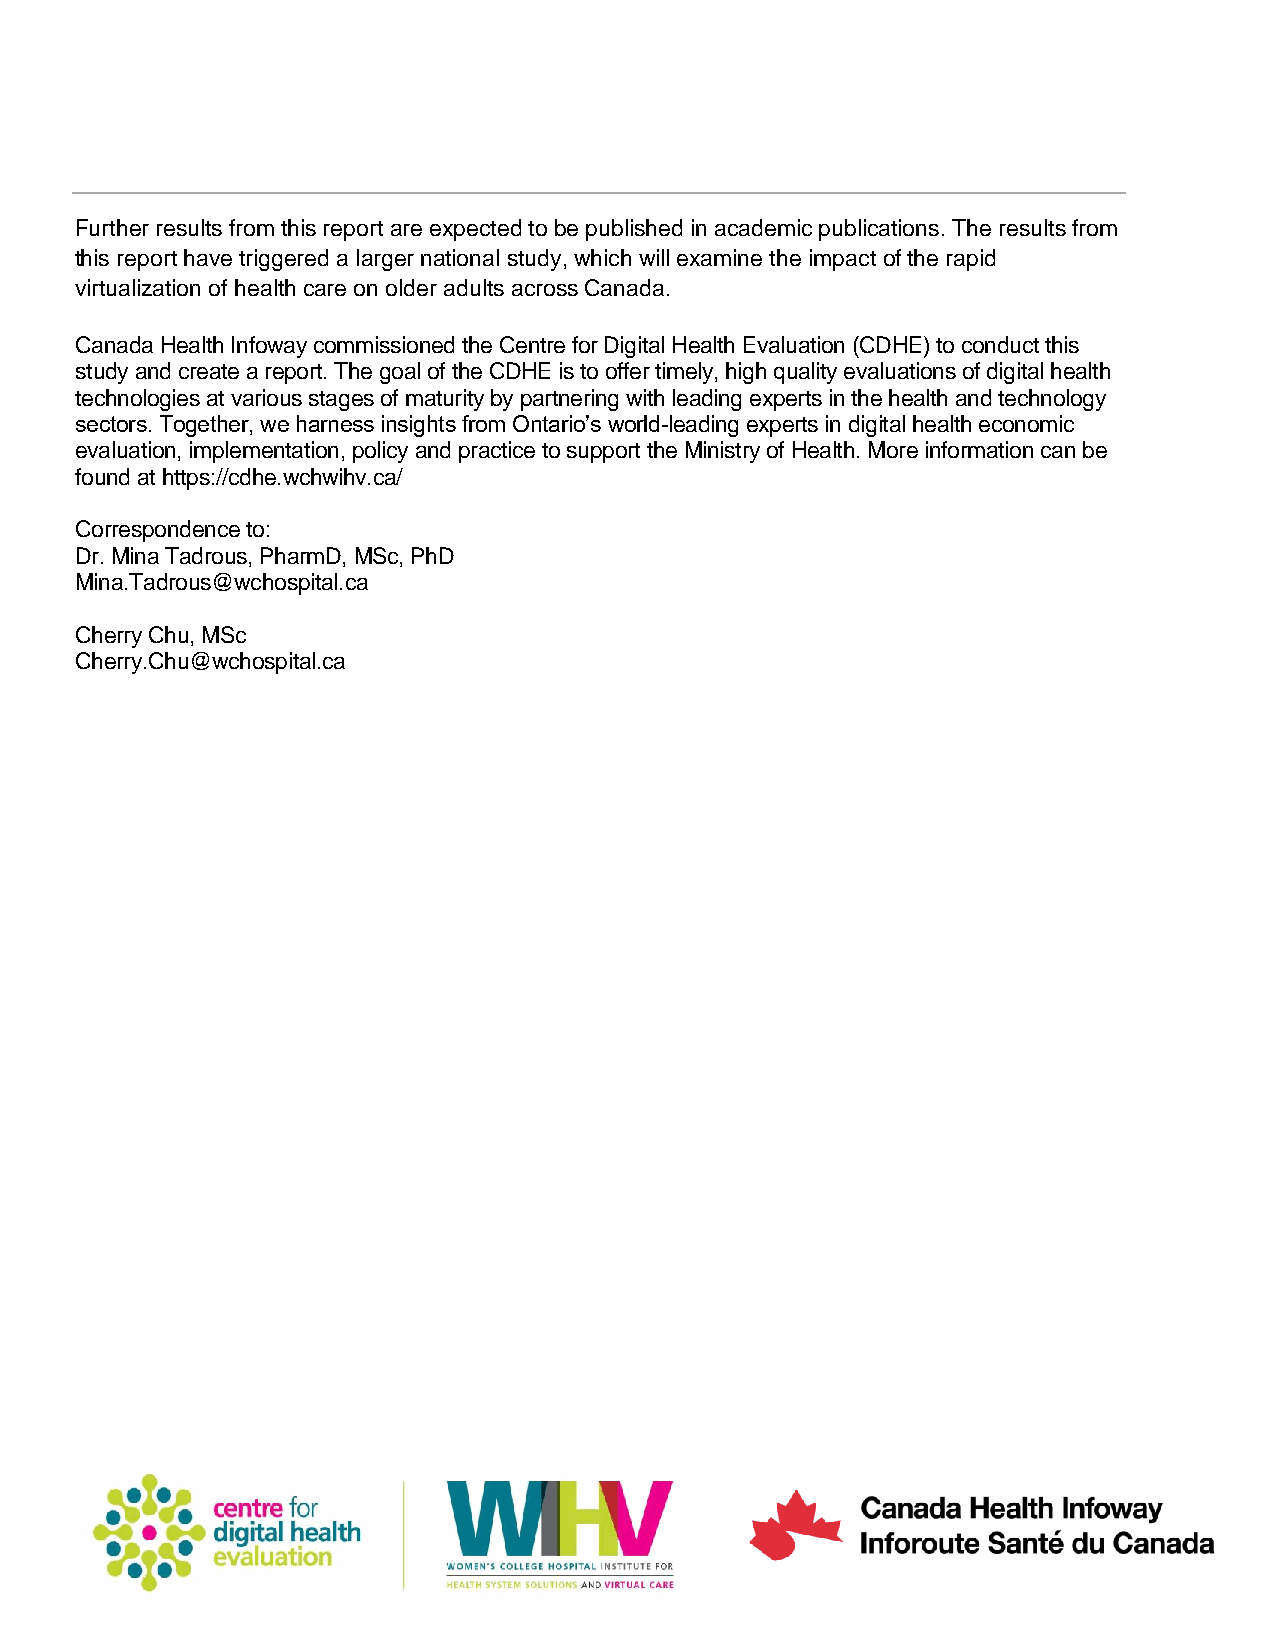
Further results from this report are expected to be published in academic publications. The results from
 this report have triggered a larger national study, which will examine the impact of the rapid
 virtualization of health care on older adults across Canada.
 Canada Health Infoway commissioned the Centre for Digital Health Evaluation (CDHE) to conduct this
 study and create a report. The goal of the CDHE is to offer timely, high quality evaluations of digital health
 technologies at various stages of maturity by partnering with leading experts in the health and technology
 sectors. Together, we harness insights from Ontario’s world-leading experts in digital health economic
 evaluation, implementation, policy and practice to support the Ministry of Health. More information can be
 found at https://cdhe.wchwihv.ca/
 Correspondence to:
 Dr. Mina Tadrous, PharmD, MSc, PhD
 Mina.Tadrous@wchospital.ca
 Cherry Chu, MSc
 Cherry.Chu@wchospital.ca